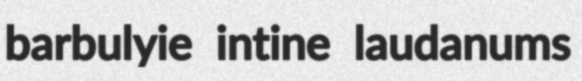
barbulyie intine laudanums